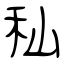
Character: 秈